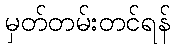
မှတ်တမ်းတင်ရန်